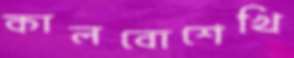
কালবোশেখি